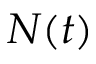
N ( t )